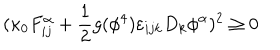
( \kappa _ { 0 } F _ { i j } ^ { \alpha } + \frac { 1 } { 2 } g ( \phi ^ { 4 } ) \varepsilon _ { i j k } D _ { k } \phi ^ { \alpha } ) ^ { 2 } \ge 0